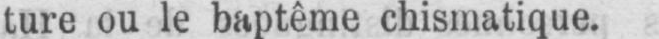
ture ou le baptême chismatique.